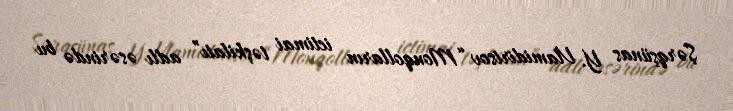
Şərqşünas Y. Vlamidirtsov “Monqolların ictimai təşkilatı” adlı əsərində bu